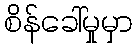
စိန်ခေါ်မှုမှာ